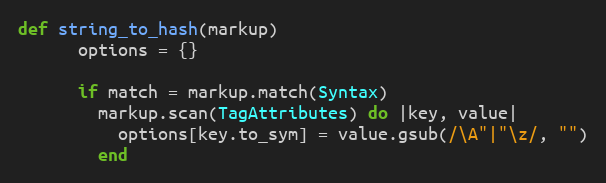
Language: Ruby
def string_to_hash(markup)
      options = {}

      if match = markup.match(Syntax)
        markup.scan(TagAttributes) do |key, value|
          options[key.to_sym] = value.gsub(/\A"|"\z/, "")
        end